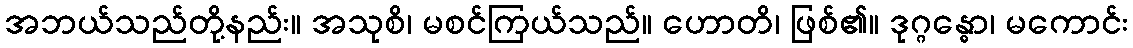
အဘယ်သည်တို့နည်း။ အသုစိ၊ မစင်ကြယ်သည်။ ဟောတိ၊ ဖြစ်၏။ ဒုဂ္ဂန္ဓော၊ မကောင်း